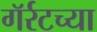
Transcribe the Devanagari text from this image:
गॅर्रटच्या